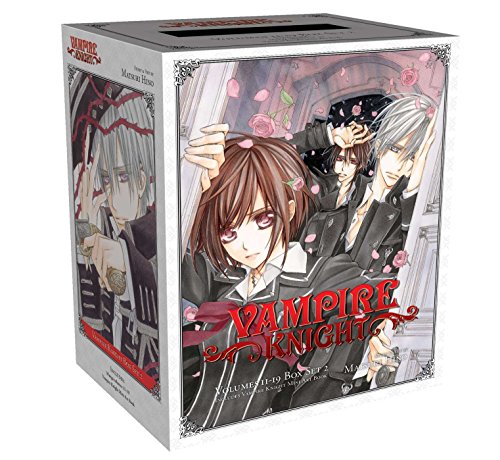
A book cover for Vampire Knight Box Set 2: Volumes 11-19 with Premium; Matsuri Hino; Comics & Graphic Novels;